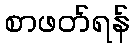
စာဖတ်ရန်